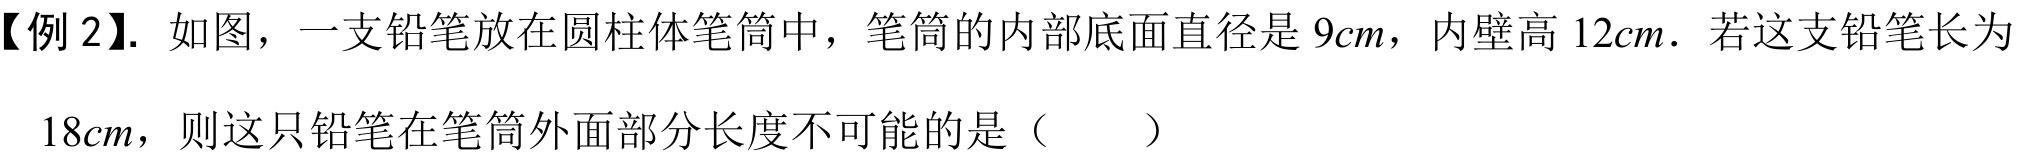
【例 2】. 如图，一支铅笔放在圆柱体笔筒中，笔筒的内部底面直径是 \(9cm\)，内壁高 \(12cm\). 若这支铅笔长为
\(18cm\)，则这只铅笔在笔筒外面部分长度不可能的是（  ）